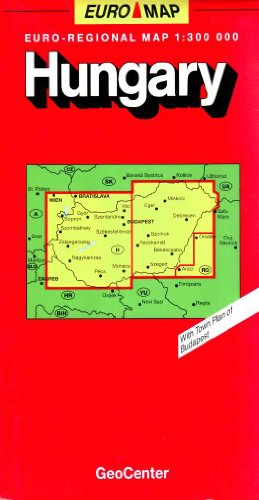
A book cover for Hungary (Euro Carts and World Maps); American Map Corporation; Travel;